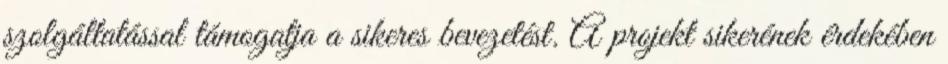
szolgáltatással támogatja a sikeres bevezetést. A projekt sikerének érdekében